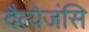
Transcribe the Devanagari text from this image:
दैत्येजंसि